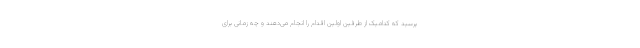
پرسید که کدامیک از طرفین اولین اقدام را انجام می‌دهند و چه زمانی برای